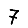
Digit: 7